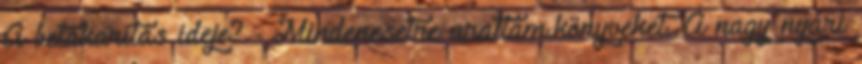
A betakarítás ideje? - Mindenesetre arattam.könyveket. A nagy nyári